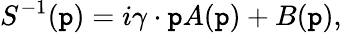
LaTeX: S^{-1}(\mathtt{p})=i\gamma\cdot\mathtt{p}A(\mathtt{p})+B(\mathtt{p}),